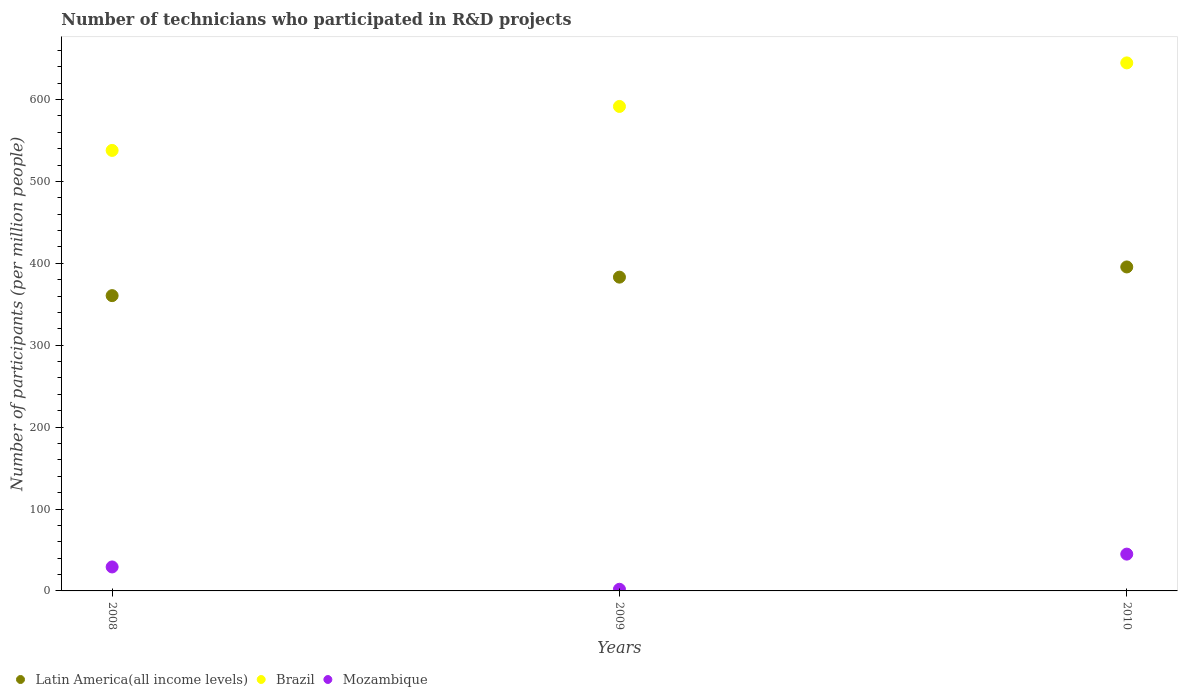
| Years | Latin America(all income levels) | Brazil | Mozambique |
 | --- | --- | --- | --- |
 | 2008 | 361 | 538 | 29.3 |
 | 2009 | 383 | 592 | 2.01 |
 | 2010 | 396 | 645 | 44.9 |